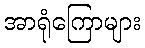
အာရုံကြောများ